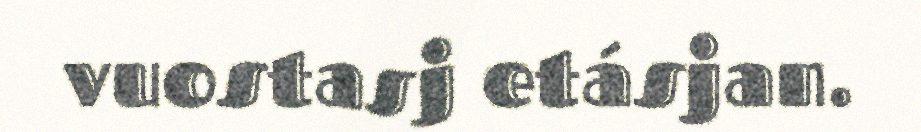
vuostasj etásjan.